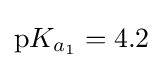
\mathrm {p} K_{a_{1}}=4.2